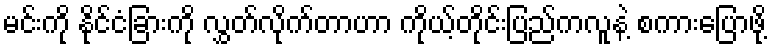
မင်းကို နိုင်ငံခြားကို လွှတ်လိုက်တာဟာ ကိုယ့်တိုင်းပြည်ကလူနဲ့ စကားပြောဖို့